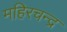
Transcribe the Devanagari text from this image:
महिरचन्द्र